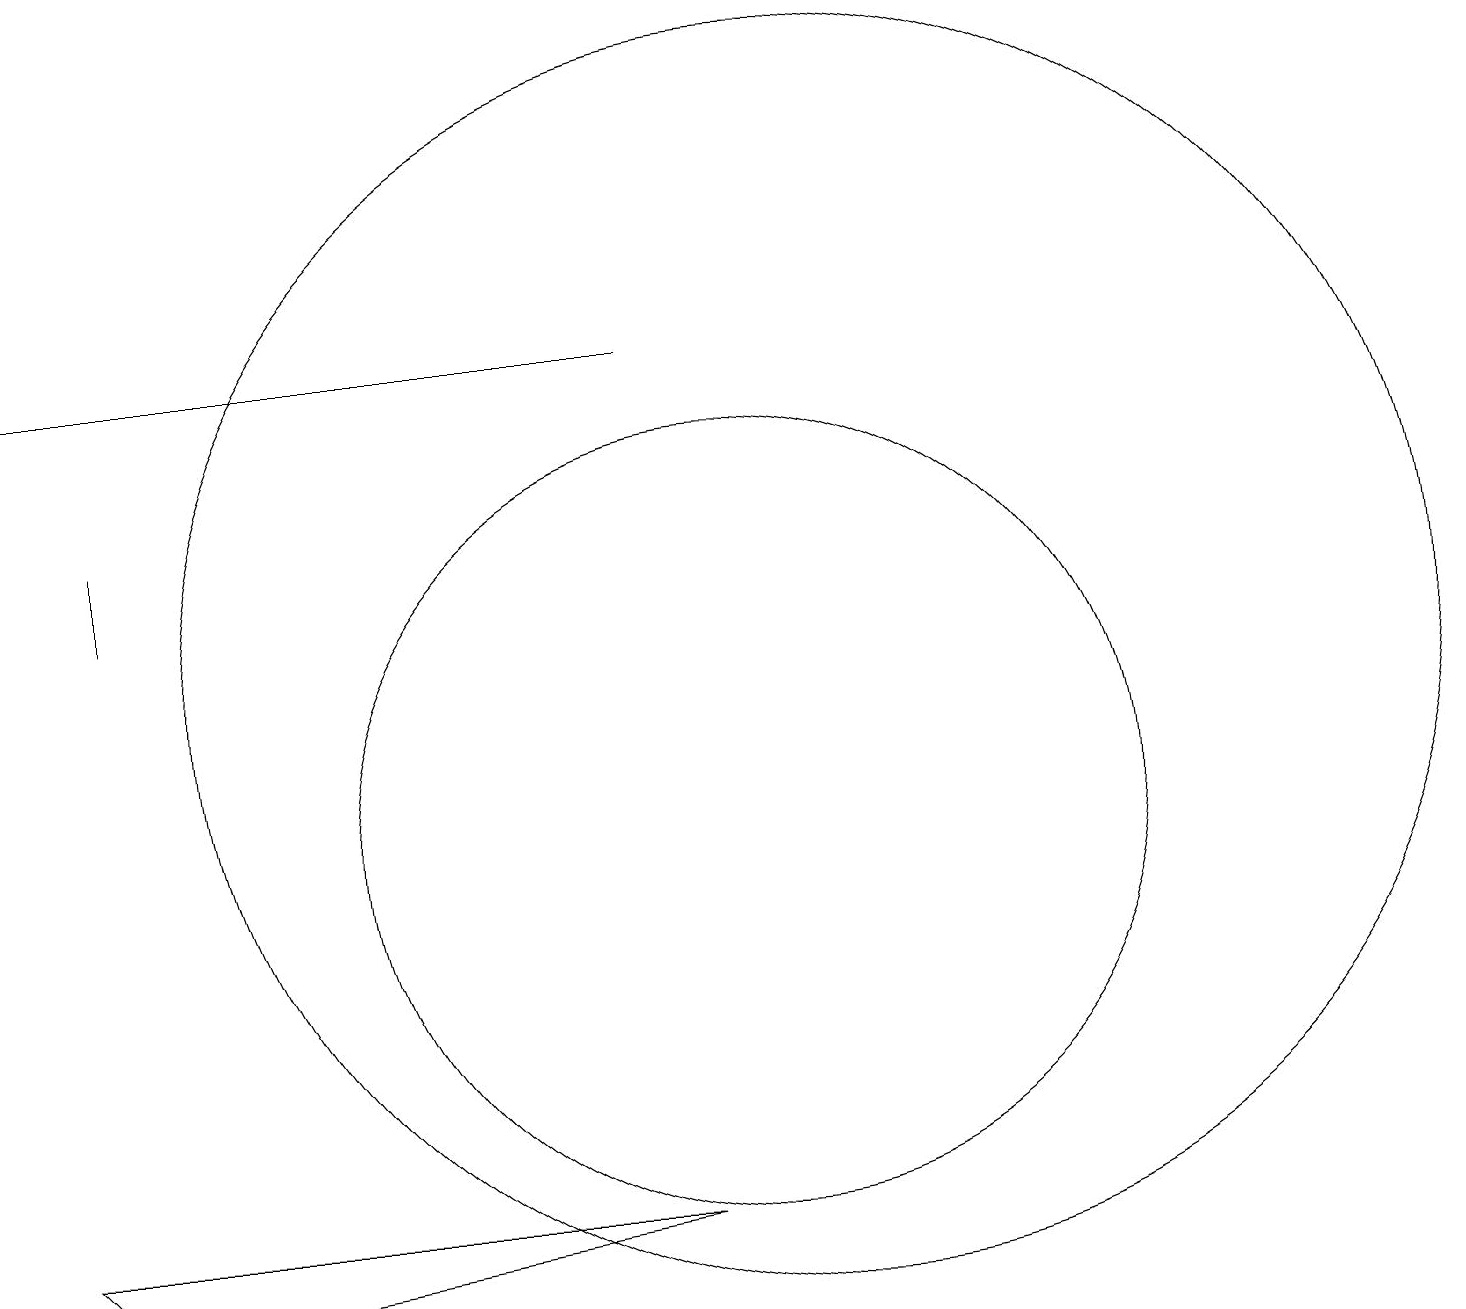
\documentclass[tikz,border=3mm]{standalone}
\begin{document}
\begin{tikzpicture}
\draw (2,4) -- (9,5) -- (1,5) -- cycle;
\draw (2,13) rectangle (2,14);
\draw (10,10) circle (5);
\draw[->] (9,16) -- (1,16);
\draw (11,12) circle (8);
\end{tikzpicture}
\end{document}